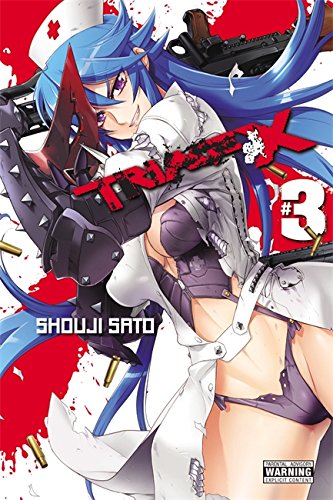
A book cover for Triage X, Vol. 3; Comics & Graphic Novels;